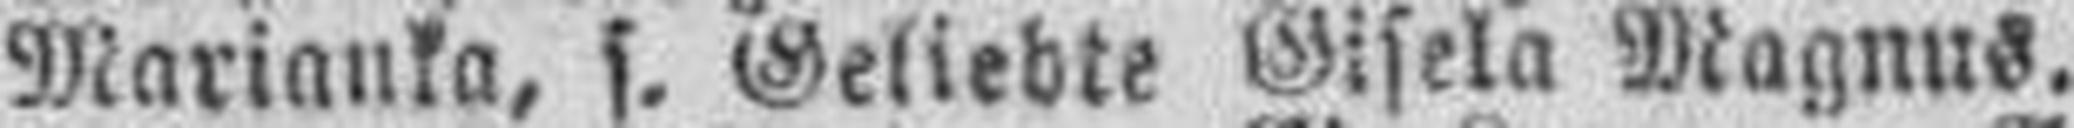
Marianka, s. Geliebte Gisela Magnus.